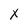
Character: X